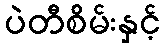
ပဲတီစိမ်းနှင့်